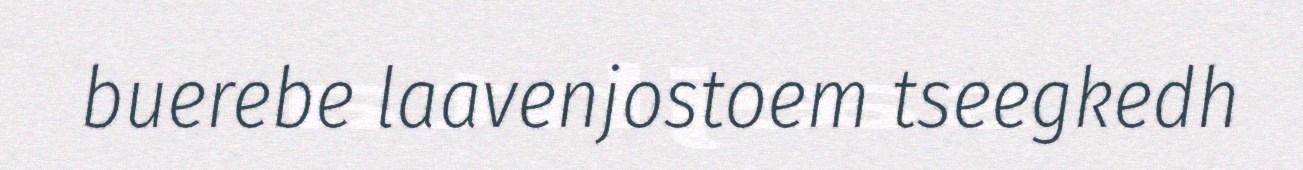
buerebe laavenjostoem tseegkedh